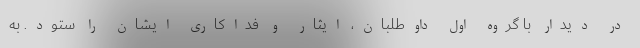
در دیدار با گروه اول داوطلبان، ایثار و فداکاری ایشان را ستود. ‌به